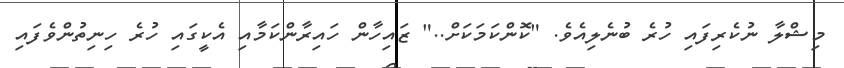
މިޝްލާ ނުކެރިފައި ހުރެ ބުނެލިއެވެ. "ކޮންކަމަކަށް.." ޒައިހާން ހައިރާންކަމާއި އެކީގައި ހުރެ ހިނިތުންވެފައި